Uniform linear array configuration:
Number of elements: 12
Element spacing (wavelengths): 0.5
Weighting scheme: exponential
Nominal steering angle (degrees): -60
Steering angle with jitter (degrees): -61.235
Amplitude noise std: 0.05
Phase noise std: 0.05

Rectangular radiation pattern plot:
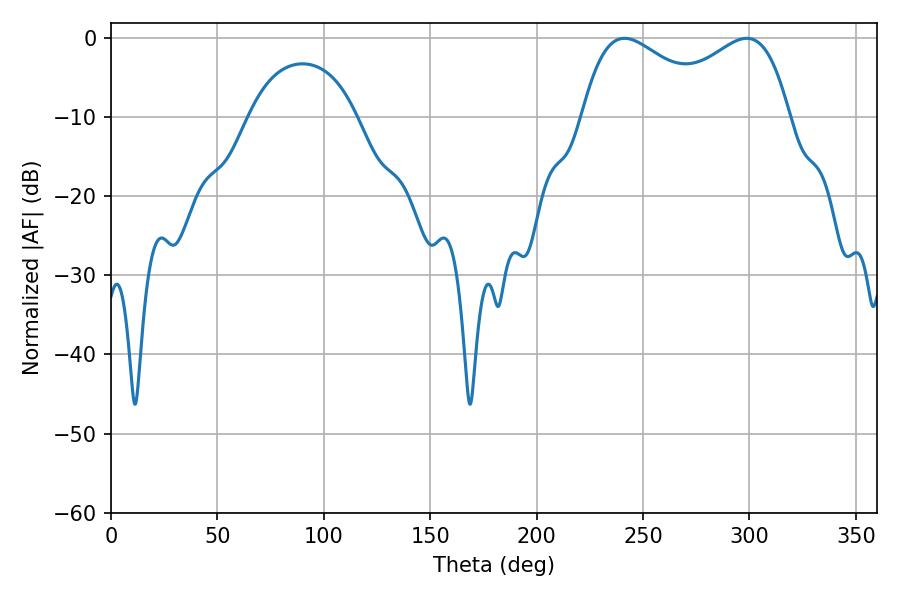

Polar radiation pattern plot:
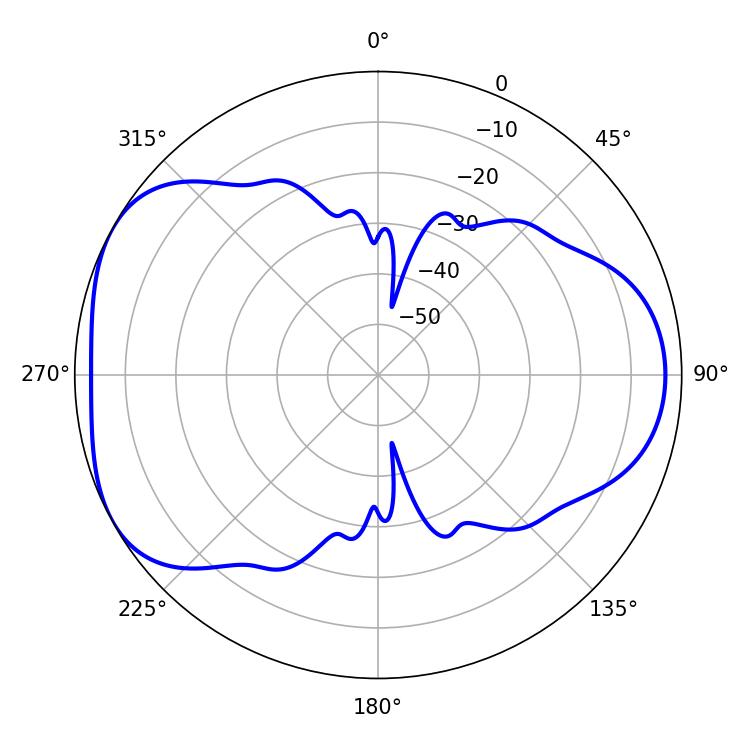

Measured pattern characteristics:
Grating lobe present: FALSE
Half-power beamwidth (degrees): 35.28
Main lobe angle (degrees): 241.2